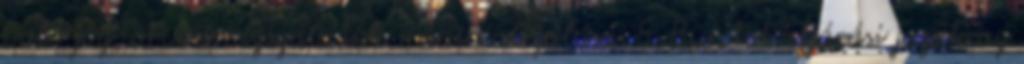
való jog; orvosi vizsgálatok minimalizálása. 5 Büntetőeljárási jogok az